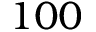
1 0 0